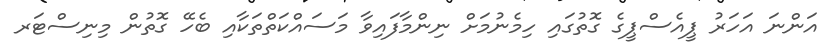
އަންނަ އަހަރު ޕީއެސްޕީގެ ގޮތުގައި ހިމެނުމަށް ނިންމާފައިވާ މަސައްކަތްތަކާއި ބެހޭ ގޮތުން މިނިސްޓަރ